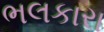
ભલકારા